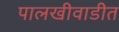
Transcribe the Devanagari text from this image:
पालखीवाडीत